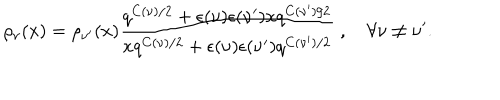
LaTeX: \rho _ { \nu } ( x ) = \rho _ { \nu ^ { \prime } } ( x ) \frac { q ^ { C ( \nu ) / 2 } + \epsilon ( \nu ) \epsilon ( \nu ^ { \prime } ) x q ^ { C ( \nu ^ { \prime } ) / 2 } } { x q ^ { C ( \nu ) / 2 } + \epsilon ( \nu ) \epsilon ( \nu ^ { \prime } ) q ^ { C ( \nu ^ { \prime } ) / 2 } } \; , ~ \forall \nu \neq \nu ^ { \prime } .